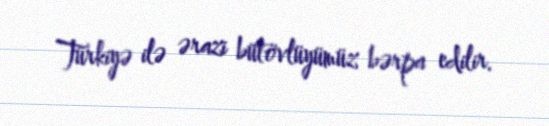
Türkiyə ilə ərazi bütövlüyümüz bərpa edilir.